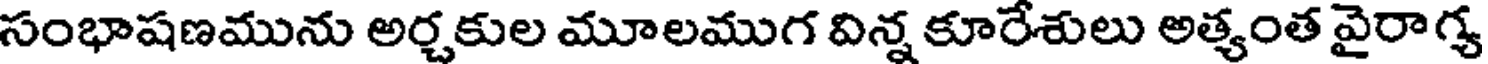
సంభాషణమును అర్చకుల మూలముగ విన్న కూరేశులు అత్యంత వైరా గ్య